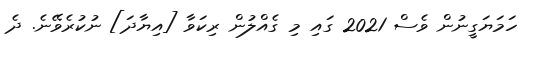
ހަމަޔަގީނުން ވެސް 2021 ގައި މި ގެއްލުން ރިކަވާ [އިޔާދަ] ނުކުރެވޭނެ. ދެ